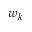
w _ { k }